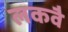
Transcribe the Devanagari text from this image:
लकवै